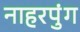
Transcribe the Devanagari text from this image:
नाहरपुंग